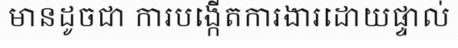
មានដូចជា ការបង្កើតការងារដោយផ្ទាល់